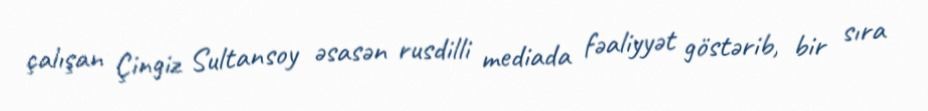
çalışan Çingiz Sultansoy əsasən rusdilli mediada fəaliyyət göstərib, bir sıra